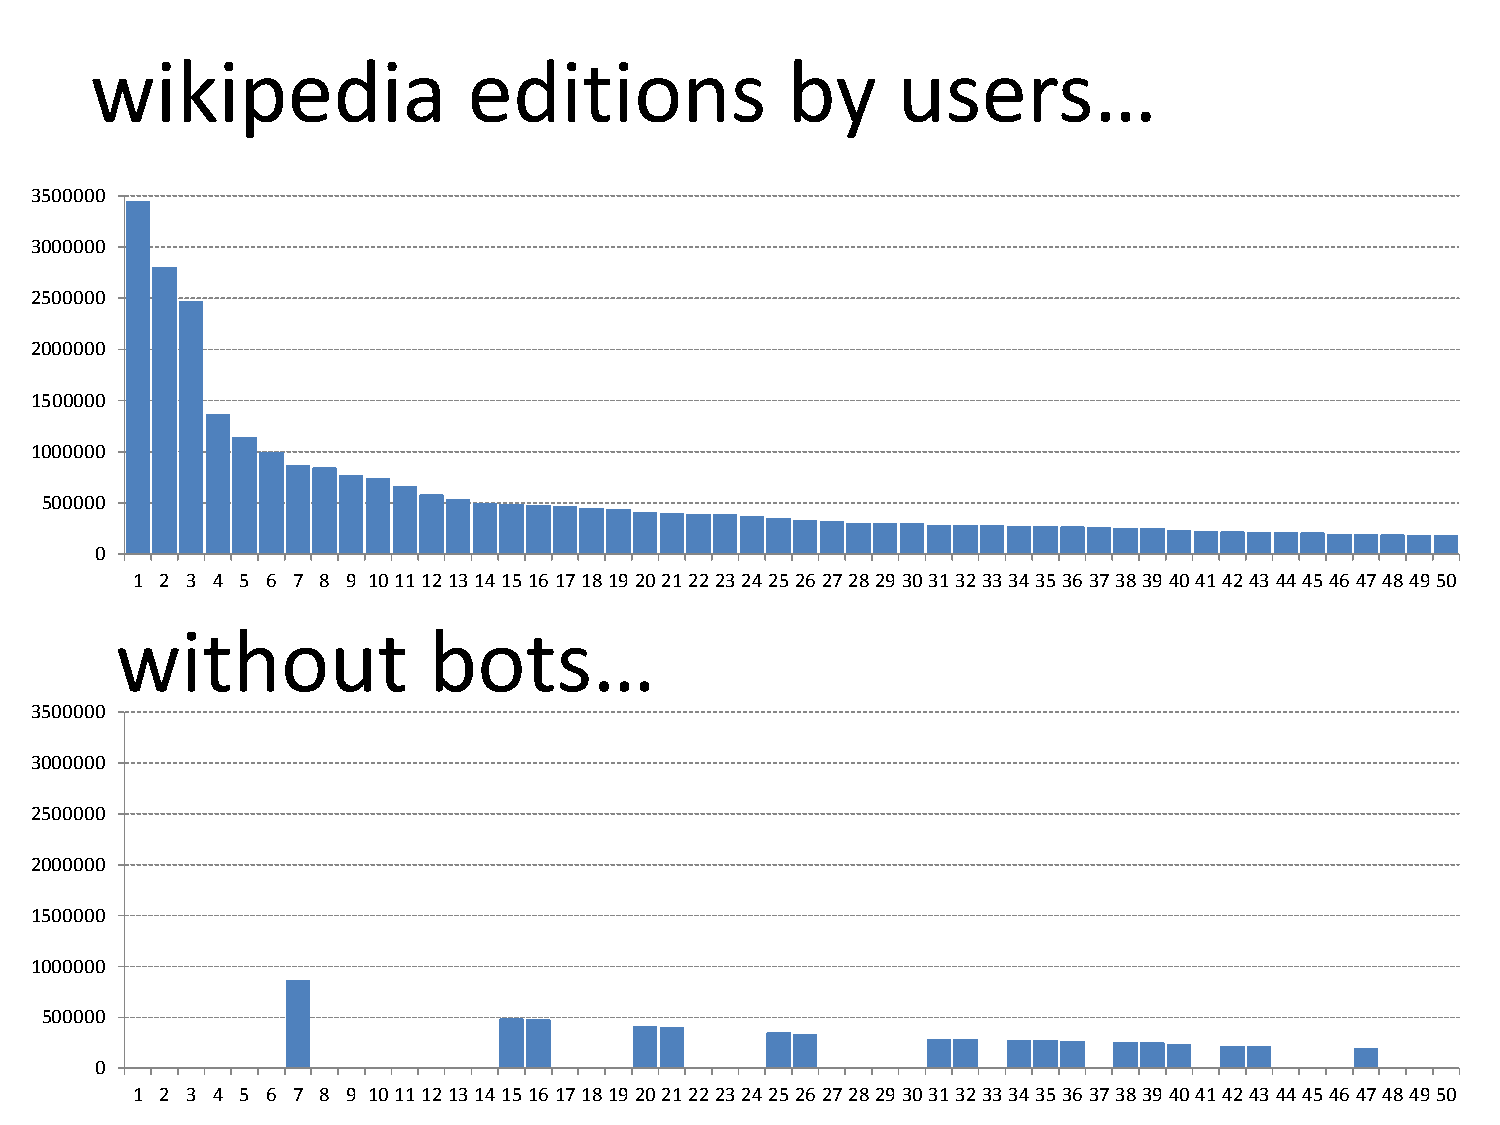
wikipedia                editions             by     users…
 3500000
 3000000
 2500000
 2000000
 1500000
 1000000
 500000
 0
 1 2 3 4 5 6 7 8 9 1011121314151617181920212223242526272829303132333435363738394041424344454647484950
 without             bots…
 3500000
 3000000
 2500000
 2000000
 1500000
 1000000
 500000
 0
 1 2 3 4 5 6 7 8 9 1011121314151617181920212223242526272829303132333435363738394041424344454647484950